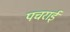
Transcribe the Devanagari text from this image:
पचराई